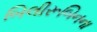
બિલીરૂબિનના